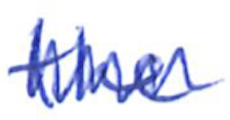
Text: the
Cross-out: zig-zag
Writing tool: ballpoint